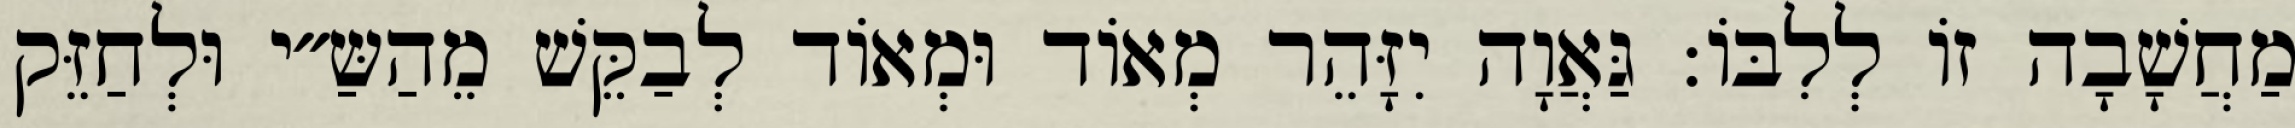
מַחֲשָׁבָה זוֹ לְלִבּוֹ: גַּאֲוָה יִזָּהֵר מְאוֹד וּמְאוֹד לְבַקֵּשׁ מֵהַשַּ״י וּלְחַזֵּק